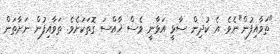
"ތަވާއިފުން"ނެވެ. އެ ކުދިން ސާޅީ އަޅާނީ ވެސް ޚާއްސަ ގޮތަކަށެވެ. ތަވާއިފުން ނަށާތަން